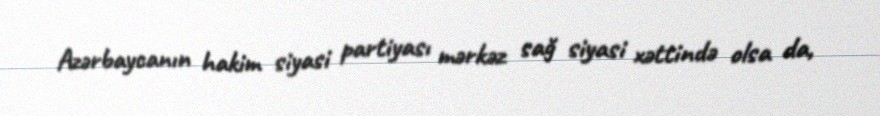
Azərbaycanın hakim siyasi partiyası mərkəz sağ siyasi xəttində olsa da,